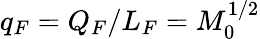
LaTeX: q_{F}=Q_{F}/L_{F}=M_{0}^{1/2}